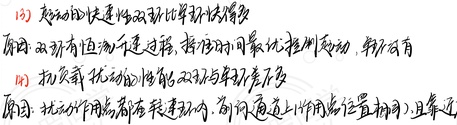
(2) 起动的快速性双环比单环快很多
原因：双环有恒流升速过程，按最佳时间最优控制起动，单环没有
(3) 抗负载扰动的性能双环与单环差不多
原因：扰动作用点都在转速环内，前向通道上作用点位置相同，且靠近